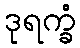
ဒုရက္ခံ